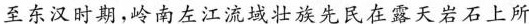
至东汉时期，岭南左江流域壮族先民在露天岩石上所